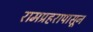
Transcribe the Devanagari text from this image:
रामप्रहरापासून